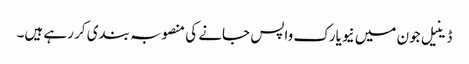
ڈینیل جون میں نیویارک واپس جانے کی منصوبہ بندی کر رہے ہیں۔